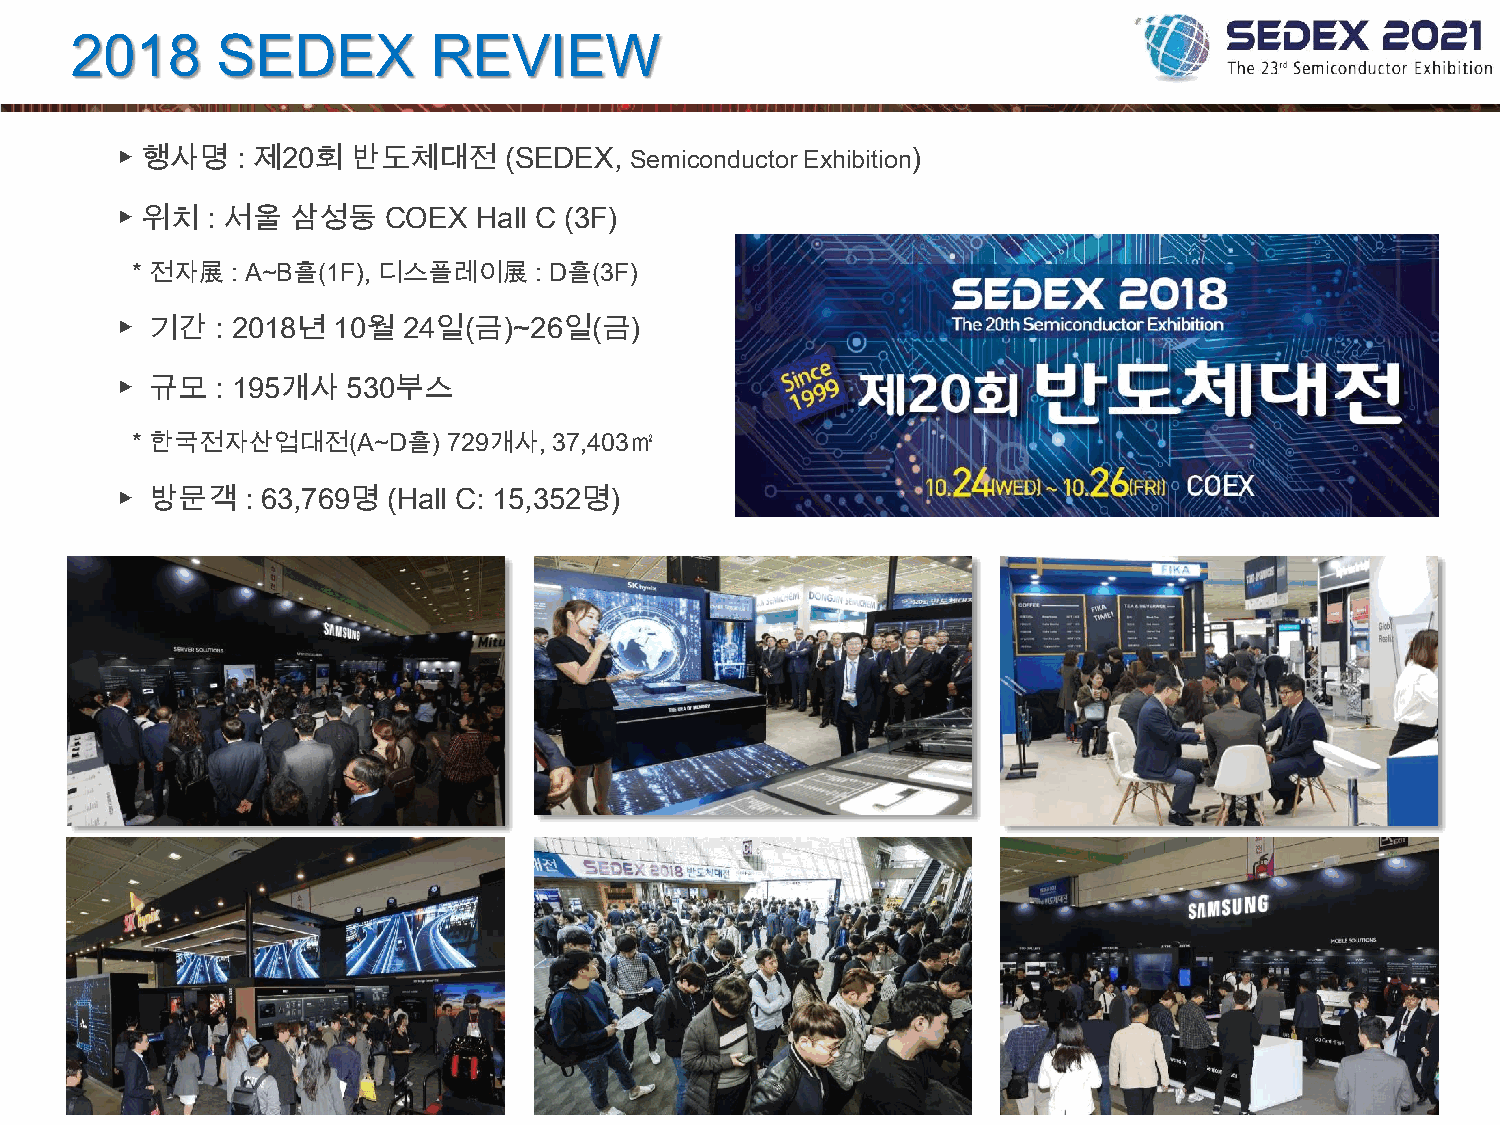
2018     SEDEX          REVIEW
 ▶ 행사명   : 제20회 반도체대전     (SEDEX,  Semiconductor Exhibition)
 ▶ 위치  : 서울 삼성동    COEX  Hall C (3F)
 * 전자展 : A~B홀(1F), 디스플레이展  : D홀(3F)
 ▶ 기간  : 2018년 10월  24일(금)~26일(금)
 ▶ 규모  : 195개사  530부스
 * 한국전자산업대전(A~D홀)     729개사, 37,403㎡
 ▶ 방문객   : 63,769명 (Hall C: 15,352명)